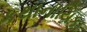
કથાનાયિકા